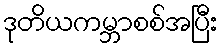
ဒုတိယကမ္ဘာစစ်အပြီး